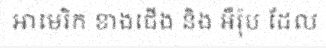
អាមេរិក ខាងជើង និង អឺរ៉ុប ដែល